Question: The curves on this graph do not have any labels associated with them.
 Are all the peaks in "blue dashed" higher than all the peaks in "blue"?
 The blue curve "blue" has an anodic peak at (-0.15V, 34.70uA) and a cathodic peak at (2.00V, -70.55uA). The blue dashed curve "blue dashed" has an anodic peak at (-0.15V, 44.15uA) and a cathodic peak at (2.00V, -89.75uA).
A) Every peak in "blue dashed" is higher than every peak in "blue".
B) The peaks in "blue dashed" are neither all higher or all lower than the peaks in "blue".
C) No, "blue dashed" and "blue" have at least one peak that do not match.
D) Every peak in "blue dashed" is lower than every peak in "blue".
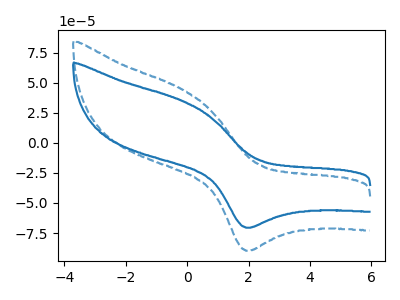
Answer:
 <answer>A) Every peak in "blue dashed" is higher than every peak in "blue".</answer>
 <eval>A</eval>